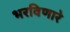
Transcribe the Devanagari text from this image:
भरविणारे